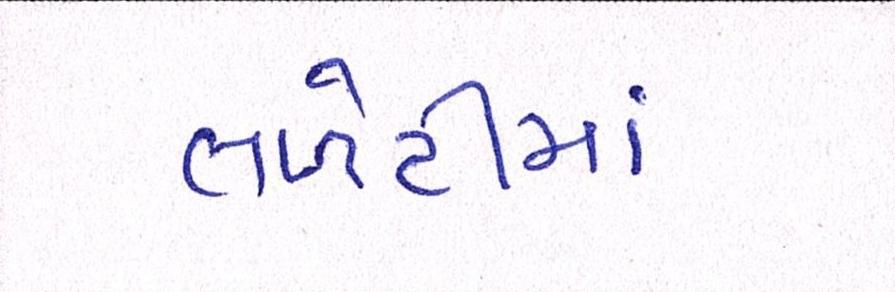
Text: તળેટીમાં